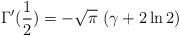
LaTeX: \begin{align*}\Gamma^{\prime}({{1} \over {2}}) = - \sqrt{\pi} \ (\gamma + 2 \ln 2) \end{align*}